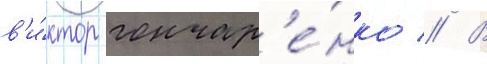
в'и́ктор гончар'е́нко // В